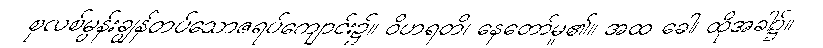
စုလစ်မွန်းချွန်တပ်သောဇရပ်ကျောင်း၌။ ဝိဟရတိ၊ နေတော်မူ၏။ အထ ခေါ၊ ထိုအခါ၌။